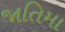
જાતિમા